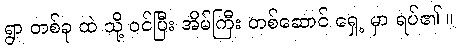
ရွာ တစ်ခု ထဲ သို့ ဝင်ပြီး အိမ်ကြီး တစ်ဆောင် ရှေ့ မှာ ရပ်၏ ။